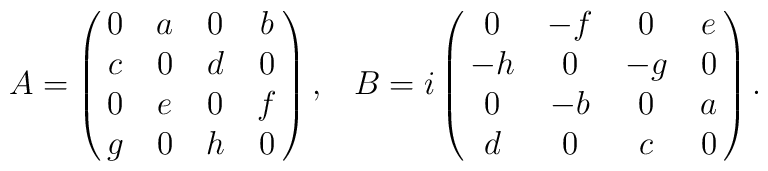
\matrix{A=\left(\matrix{0&a&0&b\cr c&0&d&0\cr0&e&0&f\cr g&0&h&0}\right),&B=i\left(\matrix{0&-f&0&e\cr-h&0&-g&0\cr 0&-b&0&a\cr d&0&c&0}\right)}.